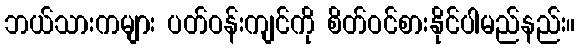
ဘယ်သားကများ ပတ်ဝန်းကျင်ကို စိတ်ဝင်စားနိုင်ပါမည်နည်း။